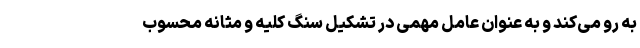
به رو می‌کند و به عنوان عامل مهمی در تشکیل سنگ کلیه و مثانه محسوب